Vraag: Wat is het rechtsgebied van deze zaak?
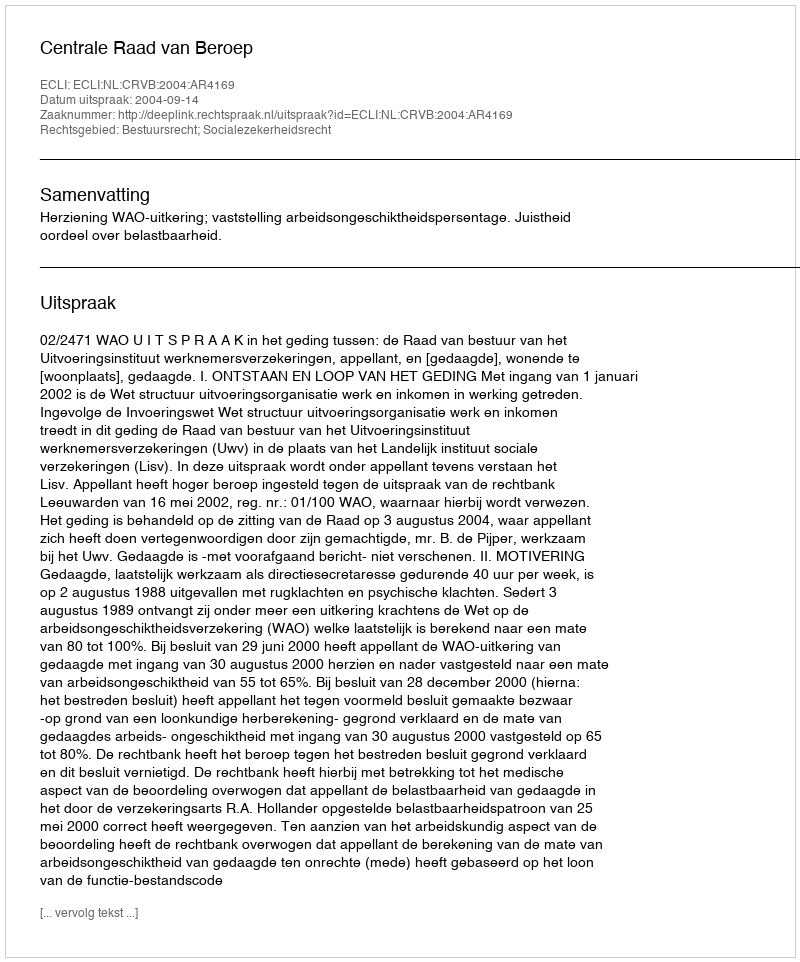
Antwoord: Bestuursrecht; Socialezekerheidsrecht